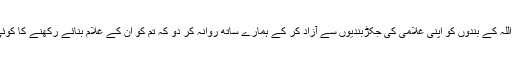
پس تم لوگ اللہ کے بندوں کو اپنی غلامی کی جکڑبندیوں سے آزاد کر کے ہمارے ساتھ روانہ کر دو کہ تم کو ان کے غلام بنائے رکھنے کا کوئی حق نہیں ۔